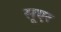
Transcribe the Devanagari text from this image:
सूएर